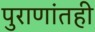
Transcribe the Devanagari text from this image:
पुराणांतही